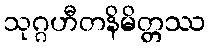
သုဂ္ဂဟီတနိမိတ္တဿ